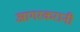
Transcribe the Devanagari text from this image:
आगरकरानी